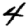
Digit: 4